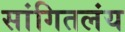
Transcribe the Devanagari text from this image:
सांगितलंय